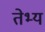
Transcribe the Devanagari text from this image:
तेभ्य